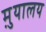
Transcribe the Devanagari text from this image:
मु़यालय